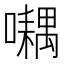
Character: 𡂮